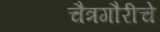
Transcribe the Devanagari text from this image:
चैत्रगौरीचे